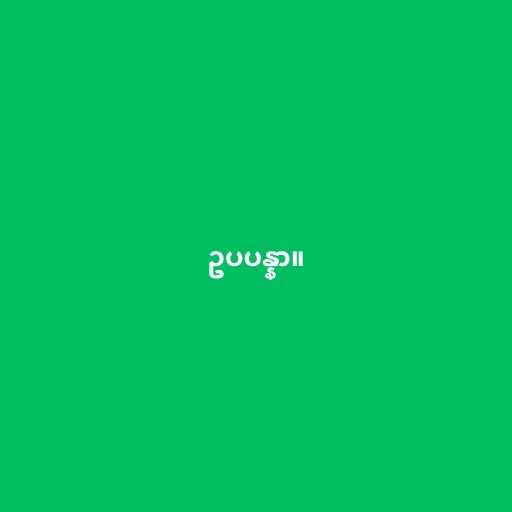
ဥပပန္နာ။